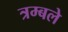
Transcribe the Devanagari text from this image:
त्रम्बले